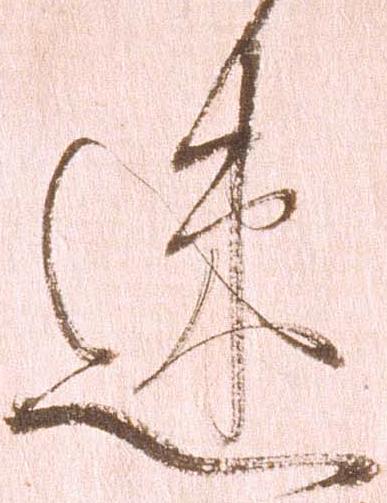
速